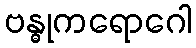
ဗန္ဓုကရောဂေါ